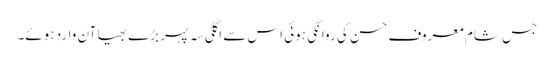
جس شام معروف حسن کی روانگی ہوئی اس سے اگلی سہ پہر بڑے بھیا آن وارد ہوئے۔